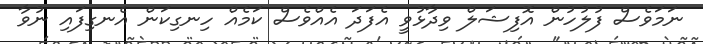
ނަމަވެސް ފުލުހުން އޮފިޝަލް ވިދާޅުވީ އެފަދަ އެއްވެސް ކަމެއް ހިނގިކަން އެނގިފައި ނުވާ